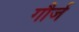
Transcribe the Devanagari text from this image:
गौर्ज